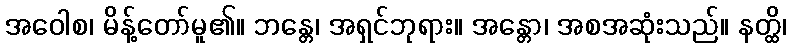
အဝေါစ၊ မိန့်တော်မူ၏။ ဘန္တေ၊ အရှင်ဘုရား။ အန္တော၊ အစအဆုံးသည်။ နတ္ထိ၊